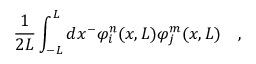
\frac { 1 } { 2 L } \int _ { - L } ^ { L } d x ^ { - } \varphi _ { i } ^ { n } ( x , L ) \varphi _ { j } ^ { m } ( x , L ) \quad ,